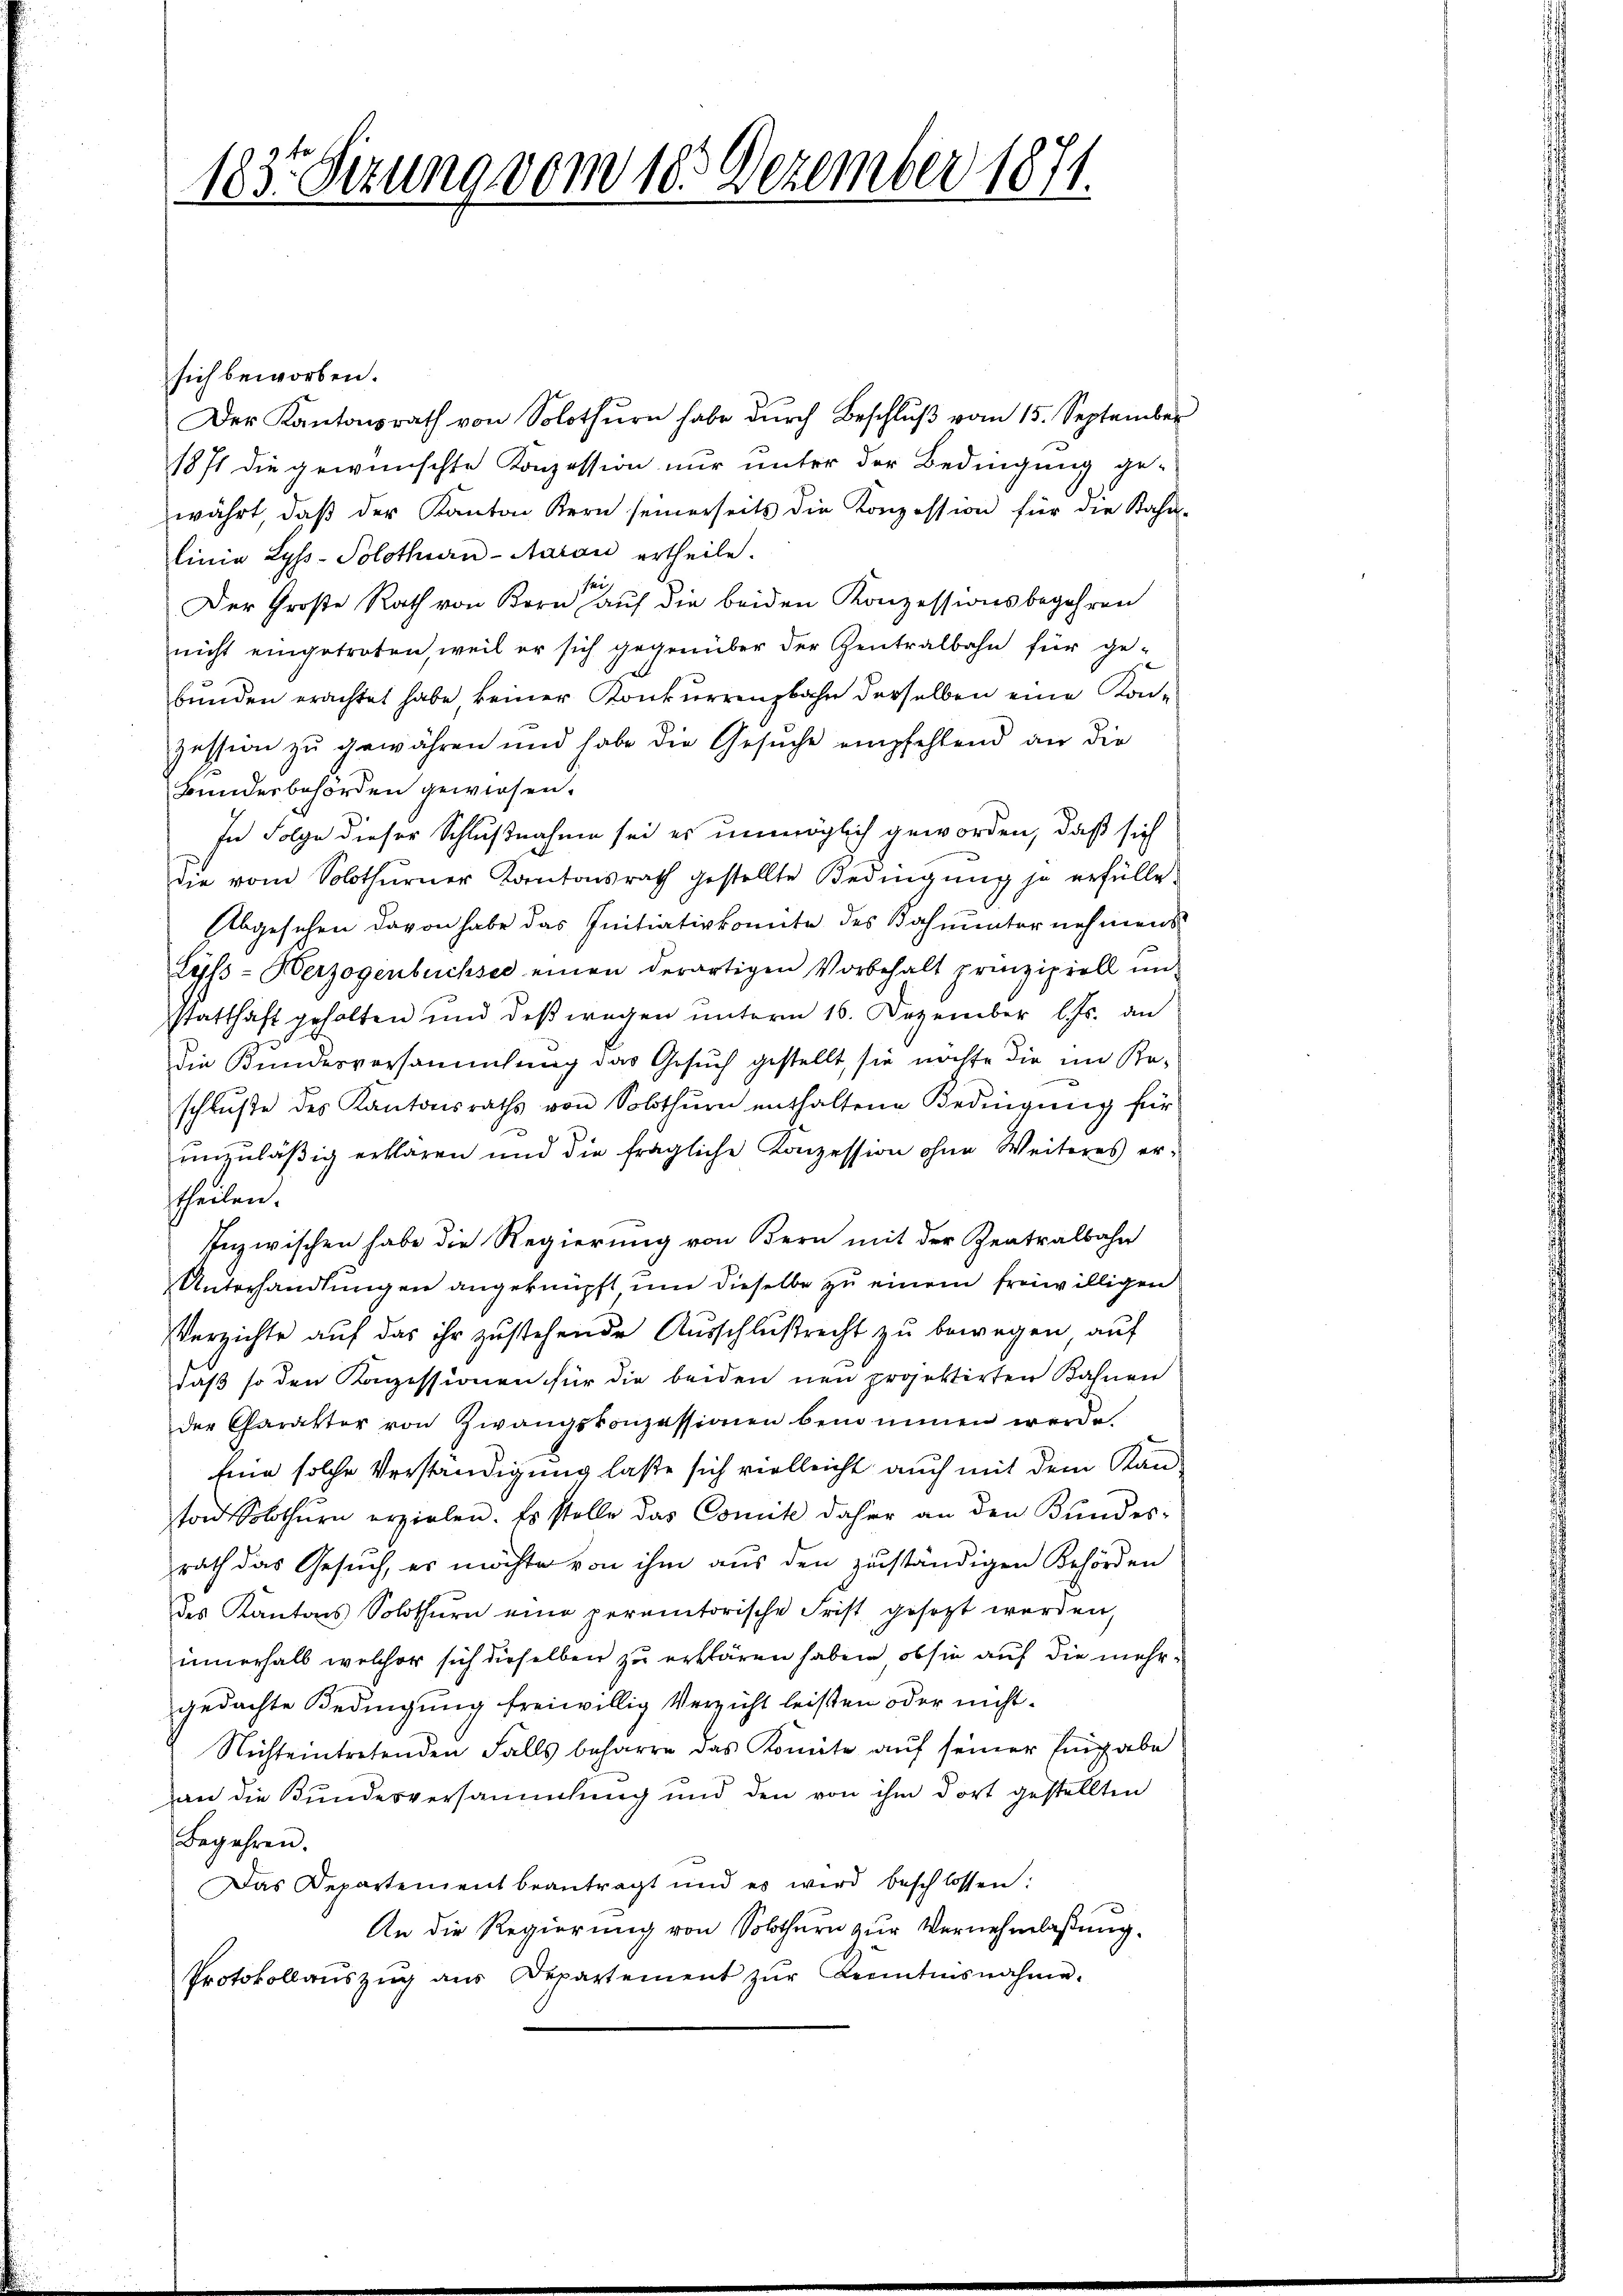
183. Sizung vom 18. Dezember 1871.

sich beworben.
Der Kantonsrath von Solothurn habe durch Beschluß vom 15. September
1871 die gewünschte Konzession nur unter der Bedingung gewährt, daß der Kanton Kern seinerseits die Konzession für die Kahn-
linia Lyss-Solothurn-Aarau ertheile.
ei
Der Große Rath von Bern auf die beiden Konzessionsbegehren
nicht eingetreten, weil er sich gegenüber der Zentralbahn für ge-
bunden erachtet habe keiner Konkurrenzbahn derselben eine Konzession zu gewähren und habe die Gesŭche empfehlend an die
Bundesbehörden gewiesen.
In Folge dieser Schlußnahme sei es unmöglich geworden, daß sich
die vom Solothurner Kantonsrath gestellte Bedingŭng je erfülle.
Abgesehen davon habe das Initiativkomite des Bahnunter nehmens
Lyss - Herzogenbüchsee einen derartigen Vorbehalt prinzipiell un-
statthaft gehalten und deßwegen unterm 16. Dezember l. Js. an
die Bundesversammlung das Gesuch gestellt, sie möchte die im Ka-
schluße des Kantonsraths von Solothurn enthaltene Bedingung für
unzuläßig erklären und die fragliche Konzession ohne Weiteres erstheilen.
Inzwischen habe die Regierung von Bern mit der Zentralbahn
Unterhandlungen angeknüpft und dieselbe zu einem freiwilligen
Verzichte aŭf das ihr zŭstehende Aŭsschlußrecht zŭ bewegen auf
daß so den Konzessionen für die beiden neu projektirten Bahnen
der Charakter von Zwangskonzessionen benommen werde.
Eine solche Verständigung lasse sich vielleicht auch mit dem Kanton Solothurn erzielen. Es stelle das Comite daher an den Bundes-
rath das Gesuch, es möchte von ihm aus den zuständigen Behörden
des Kantons Solothurn eine peremtorische Frist gesetzt werden,
innerhalb welcher sich dieselben zu erklären haben, ob sie auf die mehrgedachte Bedingung freiwillig Verricht leisten oder nicht¬
Nichteintretenden Falls beharre das Komite auf seiner Eingabe
an die Bundesversammlung und den von ihm dort gestellten
Begehren.
Das Departement beantragt und es wird beschlossen:
An die Regierung von Solothurn zur Vernehmlassung.
Protokollaŭszŭg aŭs Departement zŭr Kenntensnahme.